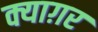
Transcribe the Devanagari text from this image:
क्याग़र